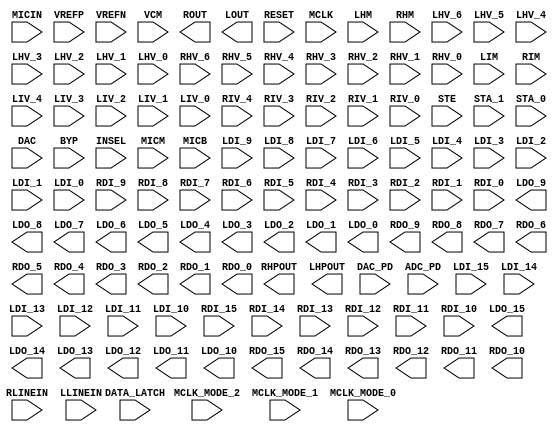

module FXADDA162H90A ( 
                       RLINEIN, LLINEIN, MICIN, 
                       VREFP  , VREFN  , VCM  , 
                       ROUT   , LOUT   ,  
                       RHPOUT   , LHPOUT   ,  
                       RESET,
                       MCLK,
                       DATA_LATCH,
                       MCLK_MODE_2,
                       MCLK_MODE_1,
                       MCLK_MODE_0,
                       DAC_PD,
                       ADC_PD,
                       LHM,
                       RHM,
                       LHV_6,
                       LHV_5,
                       LHV_4,
                       LHV_3,
                       LHV_2,
                       LHV_1,
                       LHV_0,
                       RHV_6,
                       RHV_5,
                       RHV_4,
                       RHV_3,
                       RHV_2,
                       RHV_1,
                       RHV_0,
                       LIM,
                       RIM,
                       LIV_4,
                       LIV_3,
                       LIV_2,
                       LIV_1,
                       LIV_0,
                       RIV_4,
                       RIV_3,
                       RIV_2,
                       RIV_1,
                       RIV_0,
                       STE,
                       STA_1,
                       STA_0,
                       DAC,
                       BYP,
                       INSEL,
                       MICM,
                       MICB,
                       // Digital Audio Data Signals  
                       LDI_15,
                       LDI_14,
                       LDI_13,
                       LDI_12,
                       LDI_11,
                       LDI_10,
                       LDI_9,
                       LDI_8,
                       LDI_7,
                       LDI_6,
                       LDI_5,
                       LDI_4,
                       LDI_3,
                       LDI_2,
                       LDI_1,
                       LDI_0,
                       RDI_15,
                       RDI_14,
                       RDI_13,
                       RDI_12,
                       RDI_11,
                       RDI_10,
                       RDI_9,
                       RDI_8,
                       RDI_7,
                       RDI_6,
                       RDI_5,
                       RDI_4,
                       RDI_3,
                       RDI_2,
                       RDI_1,
                       RDI_0,
                       LDO_15,
                       LDO_14,
                       LDO_13,
                       LDO_12,
                       LDO_11,
                       LDO_10,
                       LDO_9,
                       LDO_8,
                       LDO_7,
                       LDO_6,
                       LDO_5,
                       LDO_4,
                       LDO_3,
                       LDO_2,
                       LDO_1,
                       LDO_0,
                       RDO_15,
                       RDO_14,
                       RDO_13,
                       RDO_12,
                       RDO_11,
                       RDO_10,
                       RDO_9,
                       RDO_8,
                       RDO_7,
                       RDO_6,
                       RDO_5,
                       RDO_4,
                       RDO_3,
                       RDO_2,
                       RDO_1,
                       RDO_0
                      );
                       
                       
input           RLINEIN;   
input           LLINEIN;   
input           MICIN;     
input           VCM;       
input           VREFP;     
input           VREFN;     
output          ROUT;      
output          LOUT;      
output          RHPOUT;    
output          LHPOUT;    

input           RESET;
input           MCLK;                    
input           DATA_LATCH;

input           MCLK_MODE_2;                    
input           MCLK_MODE_1;                    
input           MCLK_MODE_0;                    
input           DAC_PD;                    
input           ADC_PD;                    
input           LHM;                    
input           RHM;                    
input           LHV_6;                    
input           LHV_5;                    
input           LHV_4;                    
input           LHV_3;                    
input           LHV_2;                    
input           LHV_1;                    
input           LHV_0;                    
input           RHV_6;                    
input           RHV_5;                    
input           RHV_4;                    
input           RHV_3;                    
input           RHV_2;                    
input           RHV_1;                    
input           RHV_0;                    
input           LIM;                    
input           RIM;                    
input           LIV_4;                    
input           LIV_3;                    
input           LIV_2;                    
input           LIV_1;                    
input           LIV_0;                    
input           RIV_4;                    
input           RIV_3;                    
input           RIV_2;                    
input           RIV_1;                    
input           RIV_0;                    
input           STE;                    
input           STA_1;                    
input           STA_0;                    
input           DAC;                    
input           BYP;                    
input           INSEL;                    
input           MICM;                    
input           MICB;                    

input           LDI_15;
input           LDI_14;
input           LDI_13;
input           LDI_12;
input           LDI_11;
input           LDI_10;
input           LDI_9;
input           LDI_8;
input           LDI_7;
input           LDI_6;
input           LDI_5;
input           LDI_4;
input           LDI_3;
input           LDI_2;
input           LDI_1;
input           LDI_0;
input           RDI_15;
input           RDI_14;
input           RDI_13;
input           RDI_12;
input           RDI_11;
input           RDI_10;
input           RDI_9;
input           RDI_8;
input           RDI_7;
input           RDI_6;
input           RDI_5;
input           RDI_4;
input           RDI_3;
input           RDI_2;
input           RDI_1;
input           RDI_0;

output          LDO_15;
output          LDO_14;
output          LDO_13;
output          LDO_12;
output          LDO_11;
output          LDO_10;
output          LDO_9;
output          LDO_8;
output          LDO_7;
output          LDO_6;
output          LDO_5;
output          LDO_4;
output          LDO_3;
output          LDO_2;
output          LDO_1;
output          LDO_0;
output          RDO_15;
output          RDO_14;
output          RDO_13;
output          RDO_12;
output          RDO_11;
output          RDO_10;
output          RDO_9;
output          RDO_8;
output          RDO_7;
output          RDO_6;
output          RDO_5;
output          RDO_4;
output          RDO_3;
output          RDO_2;
output          RDO_1;
output          RDO_0;
/*

ADC162H90A_dtop uADC162H90A_dtop ( .RESET(RESET),
                                   .MCLK(MCLK),
                                   .DATA_LATCH(DATA_LATCH),
                                   .MCLK_MODE_2(MCLK_MODE_2),
                                   .MCLK_MODE_1(MCLK_MODE_1),
                                   .MCLK_MODE_0(MCLK_MODE_0),
                                   .ADC_PD(ADC_PD),
                                   .LIM(LIM),
                                   .RIM(RIM),
                                   .LIV_4(LIV_4),
                                   .LIV_3(LIV_3),
                                   .LIV_2(LIV_2),
                                   .LIV_1(LIV_1),
                                   .LIV_0(LIV_0),
                                   .RIV_4(RIV_4),
                                   .RIV_3(RIV_3),
                                   .RIV_2(RIV_2),
                                   .RIV_1(RIV_1),
                                   .RIV_0(RIV_0),
                                   .INSEL(INSEL),
                                   .MICM(MICM),
                                   .MICB(MICB),
                                   .LDO_15(LDO_15),
                                   .LDO_14(LDO_14),
                                   .LDO_13(LDO_13),
                                   .LDO_12(LDO_12),
                                   .LDO_11(LDO_11),
                                   .LDO_10(LDO_10),
                                   .LDO_9(LDO_9),
                                   .LDO_8(LDO_8),
                                   .LDO_7(LDO_7),
                                   .LDO_6(LDO_6),
                                   .LDO_5(LDO_5),
                                   .LDO_4(LDO_4),
                                   .LDO_3(LDO_3),
                                   .LDO_2(LDO_2),
                                   .LDO_1(LDO_1),
                                   .LDO_0(LDO_0),
                                   .RDO_15(RDO_15),
                                   .RDO_14(RDO_14),
                                   .RDO_13(RDO_13),
                                   .RDO_12(RDO_12),
                                   .RDO_11(RDO_11),
                                   .RDO_10(RDO_10),
                                   .RDO_9(RDO_9),
                                   .RDO_8(RDO_8),
                                   .RDO_7(RDO_7),
                                   .RDO_6(RDO_6),
                                   .RDO_5(RDO_5),
                                   .RDO_4(RDO_4),
                                   .RDO_3(RDO_3),
                                   .RDO_2(RDO_2),
                                   .RDO_1(RDO_1),
                                   .RDO_0(RDO_0),
                                   .acADCPD(acADCPD),  
                                   .acLIM(acLIM),  
                                   .acRIM(acRIM),  
                                   .acLIV4(acLIV4),  
                                   .acLIV3(acLIV3),  
                                   .acLIV2(acLIV2),  
                                   .acLIV1(acLIV1),  
                                   .acLIV0(acLIV0),  
                                   .acRIV4(acRIV4),  
                                   .acRIV3(acRIV3),  
                                   .acRIV2(acRIV2),  
                                   .acRIV1(acRIV1),  
                                   .acRIV0(acRIV0),  
                                   .acINSEL(acINSEL),
                                   .acMICM(acMICM),
                                   .acMICB(acMICB),
                                   .adY1_L(adY1_L),    
                                   .adY2_L(adY2_L),    
                                   .adY1_R(adY1_R),     
                                   .adY2_R(adY2_R),     
                                   .adPH1(adPH1),
                                   .adPH1D(adPH1D),
                                   .adPH2(adPH2),
                                   .adPH2D(adPH2D) );

DAC162H90A_dtop uDAC162H90A_dtop ( .RESET(RESET),
                                   .MCLK(MCLK),
                                   .DATA_LATCH(DATA_LATCH),
                                   .MCLK_MODE_2(MCLK_MODE_2),
                                   .MCLK_MODE_1(MCLK_MODE_1),
                                   .MCLK_MODE_0(MCLK_MODE_0),
                                   .LHM(LHM),
                                   .RHM(RHM),
                                   .LHV_6(LHV_6),
                                   .LHV_5(LHV_5),
                                   .LHV_4(LHV_4),
                                   .LHV_3(LHV_3),
                                   .LHV_2(LHV_2),
                                   .LHV_1(LHV_1),
                                   .LHV_0(LHV_0),
                                   .RHV_6(RHV_6),
                                   .RHV_5(RHV_5),
                                   .RHV_4(RHV_4),
                                   .RHV_3(RHV_3),
                                   .RHV_2(RHV_2),
                                   .RHV_1(RHV_1),
                                   .RHV_0(RHV_0),
                                   .DAC_PD(DAC_PD),
                                   .STE(STE),
                                   .STA_1(STA_1),
                                   .STA_0(STA_0),
                                   .DAC(DAC),
                                   .BYP(BYP),
                                   .LDI_15(LDI_15),
                                   .LDI_14(LDI_14),
                                   .LDI_13(LDI_13),
                                   .LDI_12(LDI_12),
                                   .LDI_11(LDI_11),
                                   .LDI_10(LDI_10),
                                   .LDI_9(LDI_9),
                                   .LDI_8(LDI_8),
                                   .LDI_7(LDI_7),
                                   .LDI_6(LDI_6),
                                   .LDI_5(LDI_5),
                                   .LDI_4(LDI_4),
                                   .LDI_3(LDI_3),
                                   .LDI_2(LDI_2),
                                   .LDI_1(LDI_1),
                                   .LDI_0(LDI_0),
                                   .RDI_15(RDI_15),
                                   .RDI_14(RDI_14),
                                   .RDI_13(RDI_13),
                                   .RDI_12(RDI_12),
                                   .RDI_11(RDI_11),
                                   .RDI_10(RDI_10),
                                   .RDI_9(RDI_9),
                                   .RDI_8(RDI_8),
                                   .RDI_7(RDI_7),
                                   .RDI_6(RDI_6),
                                   .RDI_5(RDI_5),
                                   .RDI_4(RDI_4),
                                   .RDI_3(RDI_3),
                                   .RDI_2(RDI_2),
                                   .RDI_1(RDI_1),
                                   .RDI_0(RDI_0),
                                   .acDACPD(acDACPD),
                                   .acLHM(acLHM),    
                                   .acRHM(acRHM),    
                                   .acLHV6(acLHV6),  
                                   .acLHV5(acLHV5),  
                                   .acLHV4(acLHV4),  
                                   .acLHV3(acLHV3),  
                                   .acLHV2(acLHV2),  
                                   .acLHV1(acLHV1),  
                                   .acLHV0(acLHV0),  
                                   .acRHV6(acRHV6),  
                                   .acRHV5(acRHV5),  
                                   .acRHV4(acRHV4),  
                                   .acRHV3(acRHV3),  
                                   .acRHV2(acRHV2),  
                                   .acRHV1(acRHV1),  
                                   .acRHV0(acRHV0),  
                                   .acSTE(acSTE),  
                                   .acSTA1(acSTA1),  
                                   .acSTA0(acSTA0),  
                                   .acDAC(acDAC),  
                                   .acBYP(acBYP),   
                                   .daY_L(daY_L),
                                   .daY_R(daY_R),
                                   .daPH1(daPH1),
                                   .daPH1D(daPH1D),
                                   .daPH2(daPH2),
                                   .daPH2D(daPH2D) );

ADDA162H90A_atop uADDA162H90A_atop ( 
                                   .RLINEIN(RLINEIN),
                                   .LLINEIN(LLINEIN),  
                                   .MICIN(MICIN),    
                                   .VCM(VCM),      
                                   .VREFP(VREFP),      
                                   .VREFN(VREFN),      
                                   .ROUT(ROUT),     
                                   .LOUT(LOUT),     
                                   .RHPOUT(RHPOUT),     
                                   .LHPOUT(LHPOUT),     
                                   .acADCPD(acADCPD),  
                                   .acLIM(acLIM),  
                                   .acRIM(acRIM),  
                                   .acLIV4(acLIV4),  
                                   .acLIV3(acLIV3),  
                                   .acLIV2(acLIV2),  
                                   .acLIV1(acLIV1),  
                                   .acLIV0(acLIV0),  
                                   .acRIV4(acRIV4),  
                                   .acRIV3(acRIV3),  
                                   .acRIV2(acRIV2),  
                                   .acRIV1(acRIV1),  
                                   .acRIV0(acRIV0),  
                                   .acINSEL(acINSEL),
                                   .acMICM(acMICM),
                                   .acMICB(acMICB),
                                   .adY1_L(adY1_L),    
                                   .adY2_L(adY2_L),    
                                   .adY1_R(adY1_R),     
                                   .adY2_R(adY2_R),     
                                   .adPH1(adPH1),
                                   .adPH1D(adPH1D),
                                   .adPH2(adPH2),
                                   .adPH2D(adPH2D),
                                   .acDACPD(acDACPD),
                                   .acLHM(acLHM),    
                                   .acRHM(acRHM),    
                                   .acLHV6(acLHV6),  
                                   .acLHV5(acLHV5),  
                                   .acLHV4(acLHV4),  
                                   .acLHV3(acLHV3),  
                                   .acLHV2(acLHV2),  
                                   .acLHV1(acLHV1),  
                                   .acLHV0(acLHV0),  
                                   .acRHV6(acRHV6),  
                                   .acRHV5(acRHV5),  
                                   .acRHV4(acRHV4),  
                                   .acRHV3(acRHV3),  
                                   .acRHV2(acRHV2),  
                                   .acRHV1(acRHV1),  
                                   .acRHV0(acRHV0),  
                                   .acSTE(acSTE),  
                                   .acSTA1(acSTA1),  
                                   .acSTA0(acSTA0),  
                                   .acDAC(acDAC),  
                                   .acBYP(acBYP),   
                                   .daY_L(daY_L),
                                   .daY_R(daY_R),
                                   .daPH1(daPH1),
                                   .daPH1D(daPH1D),
                                   .daPH2(daPH2),
                                   .daPH2D(daPH2D)
                                   );
*/
endmodule // FXADDA162H90A